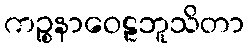
ကဉ္စနာဝေဠဘူသိတာ